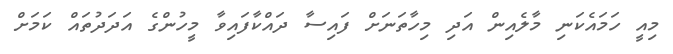
މިއީ ހަމައެކަނި މާލެއިން އަދި މިހާތަނަށް ފައިސާ ދައްކާފައިވާ މީހުންގެ އަދަދުތައް ކަމަށް